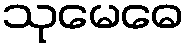
သုမေဓေ